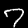
Digit: 7